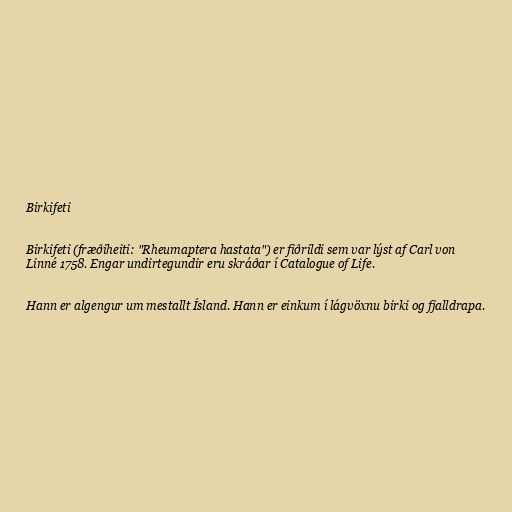
Birkifeti

Birkifeti (fræðiheiti: "Rheumaptera hastata") er fiðrildi sem var lýst af Carl von
Linné 1758. Engar undirtegundir eru skráðar í Catalogue of Life.

Hann er algengur um mestallt Ísland. Hann er einkum í lágvöxnu birki og fjalldrapa.